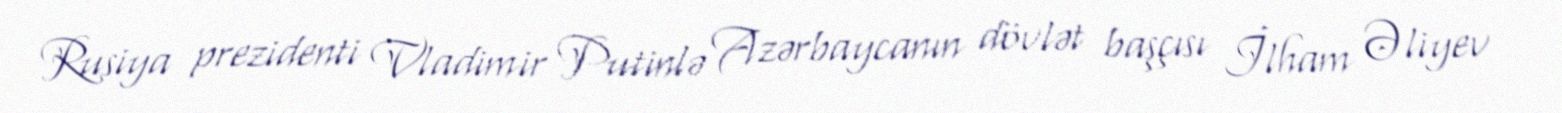
Rusiya prezidenti Vladimir Putinlə Azərbaycanın dövlət başçısı İlham Əliyev